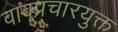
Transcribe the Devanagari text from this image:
वाक्प्रचारयुक्त